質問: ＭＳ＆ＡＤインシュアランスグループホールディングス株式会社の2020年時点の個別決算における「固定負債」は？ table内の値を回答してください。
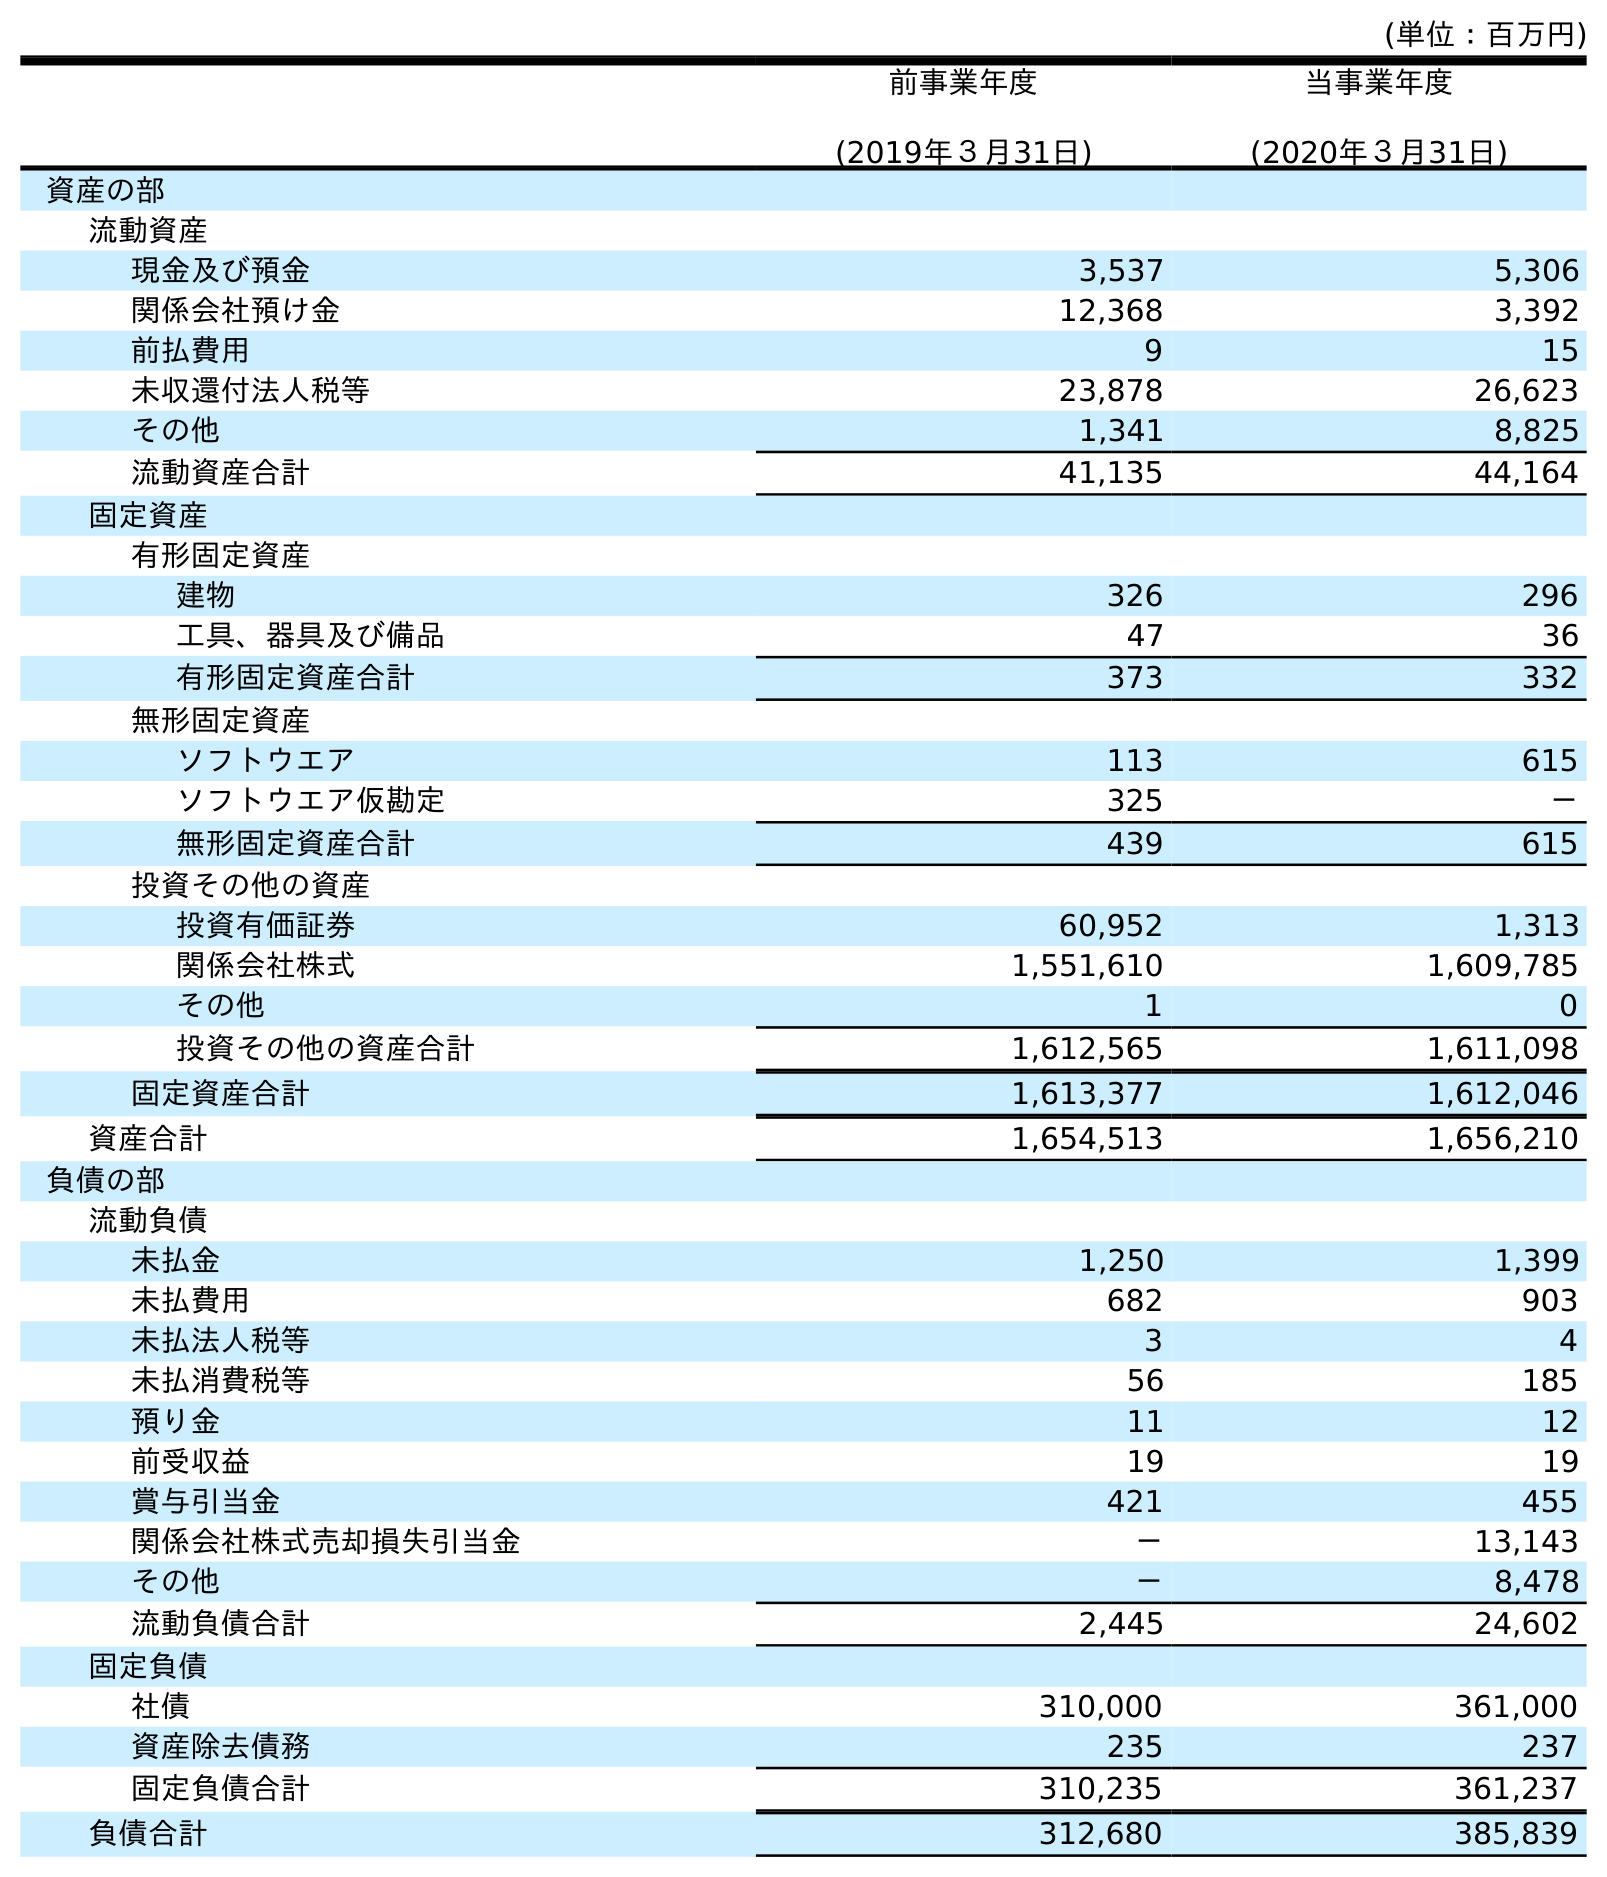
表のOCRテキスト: (単位：百万円) 前事業年度 (2019年３月31日) 当事業年度 (2020年３月31日) 資産の部 流動資産 現金及び預金 3,537 5,306 関係会社預け金 12,368 3,392 前払費用 9 15 未収還付法人税等 23,878 26,623 その他 1,341 8,825 流動資産合計 41,135 44,164 固定資産 有形固定資産 建物 326 296 工具、器具及び備品 47 36 有形固定資産合計 373 332 無形固定資産 ソフトウエア 113 615 ソフトウエア仮勘定 325 － 無形固定資産合計 439 615 投資その他の資産 投資有価証券 60,952 1,313 関係会社株式 1,551,610 1,609,785 その他 1 0 投資その他の資産合計 1,612,565 1,611,098 固定資産合計 1,613,377 1,612,046 資産合計 1,654,513 1,656,210 負債の部 流動負債 未払金 1,250 1,399 未払費用 682 903 未払法人税等 3 4 未払消費税等 56 185 預り金 11 12 前受収益 19 19 賞与引当金 421 455 関係会社株式売却損失引当金 － 13,143 その他 － 8,478 流動負債合計 2,445 24,602 固定負債 社債 310,000 361,000 資産除去債務 235 237 固定負債合計 310,235 361,237 負債合計 312,680 385,839
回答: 361,237